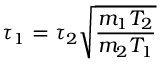
\tau _ { 1 } = \tau _ { 2 } \sqrt { \frac { m _ { 1 } T _ { 2 } } { m _ { 2 } T _ { 1 } } }